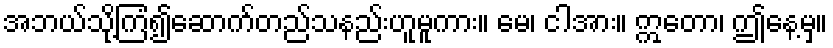
အဘယ်သို့ကြံ၍ဆောက်တည်သနည်းဟူမူကား။ မေ၊ ငါအား။ ဣတော၊ ဤနေ့မှ။